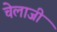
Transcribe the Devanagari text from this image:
चेलाजी